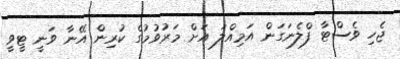
ޖެހި ވެސްޓާ ފްލެނަގަން އަމިއްލަ އަށް މަރުވުމުގެ ކުރިން އޭނާ ވަނީ ޓީވީ